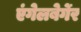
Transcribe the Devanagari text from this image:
एंगेलबेर्गेर